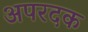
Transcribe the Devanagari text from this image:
अपरदक